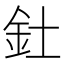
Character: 釷